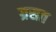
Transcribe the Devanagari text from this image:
ग्रसत